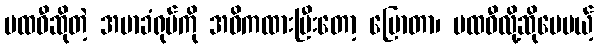
ပထဝီဆိုတဲ့ အမာခံရုပ်ကို အဓိကထားပြီးတော့ ပြောတာ၊ ပထဝီလို့ဆိုပေမယ့်